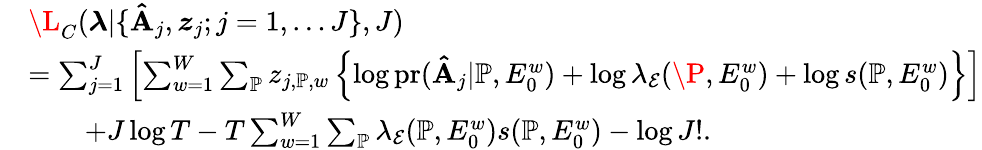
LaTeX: \begin{array}{rl}&{\L_{C}(\boldsymbol{\lambda}|\{ \mathbf{\hat{A}}_{j},\boldsymbol{z}_{j};j=1,\ldots J\} ,J)}\\ &{=\sum_{j=1}^{J}\left[\sum_{w=1}^{W}\sum_{\mathbb{P}}z_{j,\mathbb{P},w}\left\{ \log\mathrm{pr}(\mathbf{\hat{A}}_{j}|\mathbb{P},E_{0}^{w})+\log\lambda_{\mathcal{E}}({\P},E_{0}^{w})+\log s(\mathbb{P},E_{0}^{w})\right\} \right]}\\ &{\quad\quad+J\log T-T\sum_{w=1}^{W}\sum_{\mathbb{P}}\lambda_{\mathcal{E}}({\mathbb{P}},E_{0}^{w})s(\mathbb{P},E_{0}^{w})-\log J!.}\end{array}